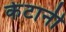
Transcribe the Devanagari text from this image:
केटानी